Vaccination in Bombay 1889-1901 - 1889-1901
Year: 1889
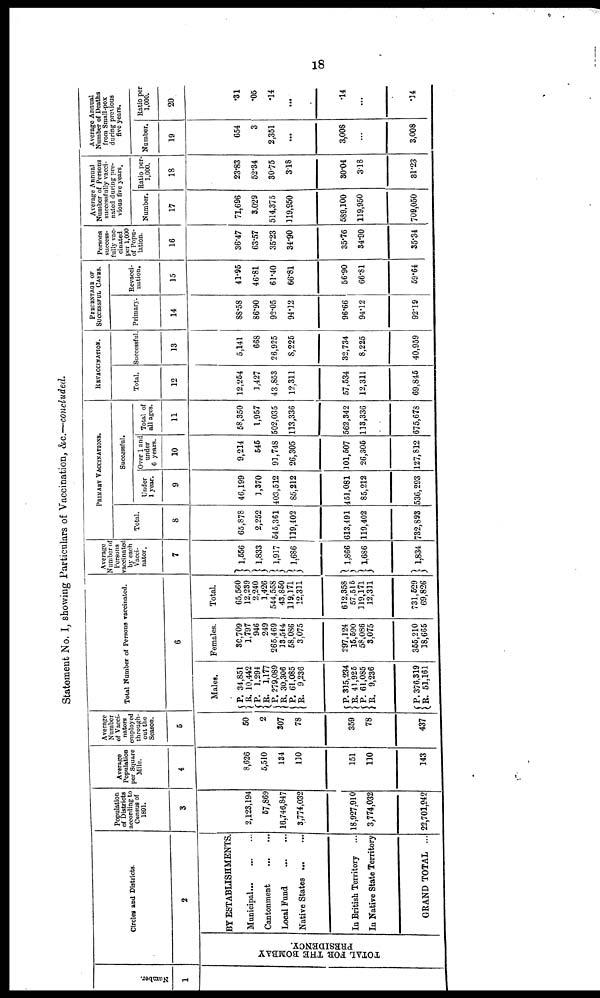
18
Statement No. I, showing Particulars of Vaccination, &c.—concluded.
Number.
1
Circles and Districts.
2
TOTAL FOR THE BOMBAY
PRESIDENCY.
BY ESTABLISHMENTS.
Municipal...
... ...
Cantonment
...
...
Local Fund
...
...
Native
States...
...
In British Territory ...
In Native State Territory
GRAND TOTAL ...
Population
of Districts
according to
Census of
1891.
3
2,123,194
57,869
16,746,847
3,774,032
18,927,910
3,774,032
22,701,942
Average
Population
per Square
Mile.
4
8,626
5,510
134
110
151
110
143
Average
Number
of Vacci¬
nators
employed
through-
out the
Season.
5
50
2
307
78
359
78
437
Total Number of Persons vaccinated.
6
Males.
P.
R.
P.
R. P.
R. P.
R.
P.
R. P.
R.
P.
R.
34,851
10,442
1,294
1,177
279,089
30,306
61,085
9,236
315,234
41,925
61,085
9,236
376,319
51,161
Females.
30,709
1,797
946
249
265,469
13,544
58,086
3,075
297,124
15,590
58,086
3,075
355,210
18,665
Total.
65,560
12,239
2,240
1,426
544,558
43,850
119,171
12,311
612,358
57,515
119,171
12,311
731,529
69,826
Average
Number of
Persons
vaccinated
by each
Vacci¬
nator.
7
1,556
1,833
1,917
1,686
1,866
1,686
1,834
PRIMARY VACCINATIONS.
Total.
8
65,878
2,252
545,361
119,402
613,491
119,402
732,893
Successful.
Under
1 year.
9
46,199
1,370
403,512
85,212
451,081
85,212
536,293
Over 1 and
under
6 years.
10
9,214
545
91,748
26,305
101,507
26,305
127,812
Total of
all ages.
11
58,350
1,957
502,035
113,336
562,342
113,336
675,678
REVACCINATION.
Total.
12
12,254
1,427
43,853
12,311
57,534
12,311
69,845
Successful.
13
5,141
668
26,925
8,225
32,734
8,225
40,959
PERCENTAGE OF
SUCCESSFUL CASES.
Primary.
14
88.58
86.90
92.05
94.12
96.66
94.12
92.19
Revacci¬
nation.
15
41.95
46.81
61.40
66.81
56.90
66.81
59.64
Persons
success-
fully vac-
cinated
per 1,000
of Popu-
lation.
16
36.47
63.57
35.23
34.90
35.76
34.90
35.34
Average Annual
Number of Persons
successfully vacci-
nated during pre-
vious five years.
Number.
17
71,696
3,029
514,375
119,950
589,100
119,950
709,050
Ratio per
1,000.
18
23.83
52.34
30.75
3.18
30.04
3.18
31.23
Average Annual
Number of Deaths
from Small-pox
during previous
five years.
Number.
19
654
3
2,351
...
3,008
...
3,008
Ratio per
1,000.
20
.31
.05
.14
...
.14
...
.14